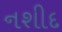
નશીદ